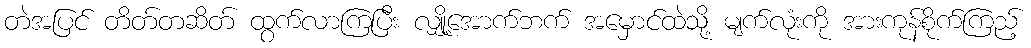
တဲအပြင် တိတ်တဆိတ် ထွက်လာကြပြီး လျှို့အောက်ဘက် အမှောင်ထဲသို့ မျက်လုံးကို အားကုန်စိုက်ကြည့်